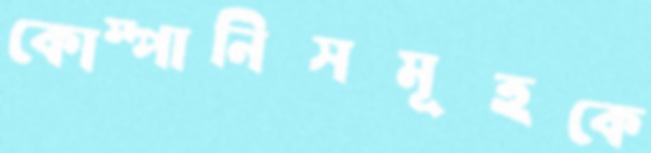
কোম্পানিসমূহকে